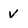
Character: v